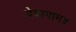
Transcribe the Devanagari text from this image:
देवागाम४